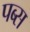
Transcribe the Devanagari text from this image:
पब्स